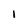
Character: l